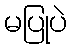
မပြုပဲ